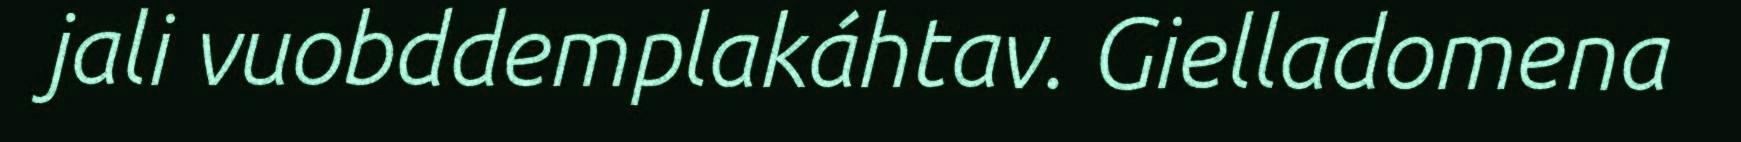
jali vuobddemplakáhtav. Gielladomena